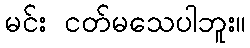
မင်း ငတ်မသေပါဘူး။